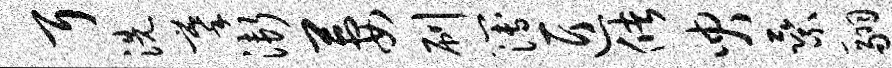
耳洗摹渐萋刷簿匠储臾乘翮